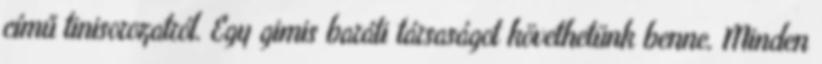
című tinisorozatról. Egy gimis baráti társaságot követhetünk benne. Minden